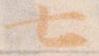
七